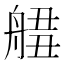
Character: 𦩙